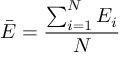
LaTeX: \ { \bar { E } } = { \frac { \sum _ { i = 1 } ^ { N } { E _ { i } } } { N } }